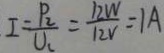
I = \frac { P _ { 2 } } { U _ { 1 } } = \frac { 1 2 W } { 1 2 V } = 1 A